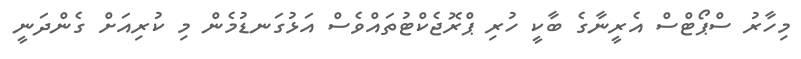
މިހާރު ސްޕޯޓްސް އެރީނާގެ ބާކީ ހުރި ޕްރޮޖެކްޓުތައްވެސް އަޅުގަނޑުމެން މި ކުރިއަށް ގެންދަނީ